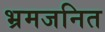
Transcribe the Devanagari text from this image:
भ्रमजनित